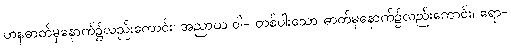
ဟနဓာတ်မှနောက်၌လည်းကောင်း၊ အညာယ ဝါ- တစ်ပါးသော ဓာတ်မှနောက်၌လည်းကောင်း၊ ရော-